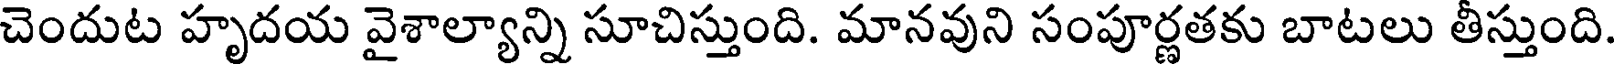
చెందుట హృదయ వైశాల్యాన్ని సూచిస్తుంది. మానవుని సంపూర్ణతకు బాటలు తీస్తుంది